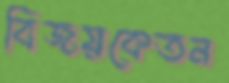
বিজয়কেতন